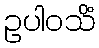
ဥပါဝသိံ